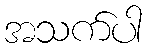
အသက်ပါ